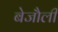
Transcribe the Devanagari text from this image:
बेजौली